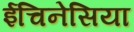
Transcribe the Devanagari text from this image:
ईचिनेसिया